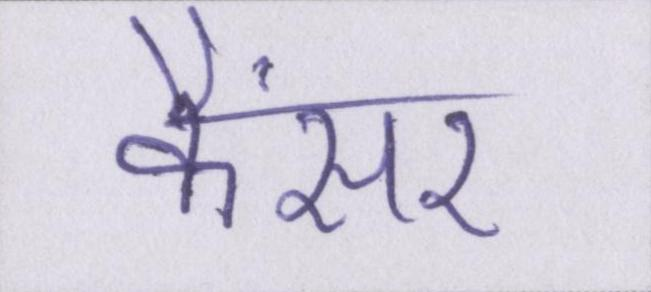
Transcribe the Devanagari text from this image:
कैंसर